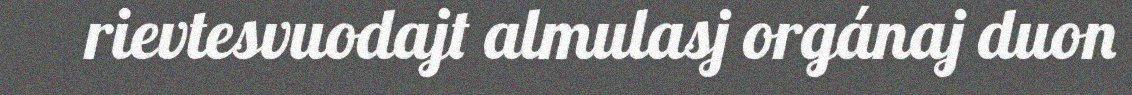
rievtesvuodajt almulasj orgánaj duon